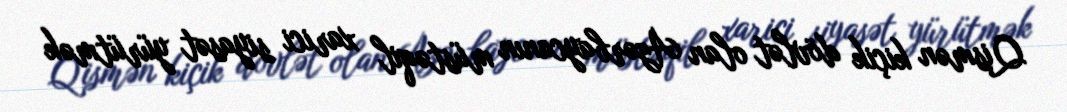
Qismən kiçik dövlət olan Azərbaycanın müstəqil xarici siyasət yürütmək